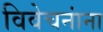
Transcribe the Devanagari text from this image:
विवेचनांना